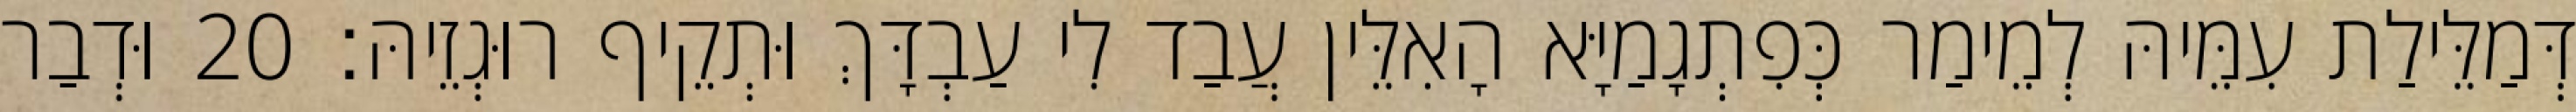
דְּמַלֵּילַת עִמֵּיהּ לְמֵימַר כְּפִתְגָמַיָּא הָאִלֵּין עֲבַד לִי עַבְדָּךְ וּתְקֵיף רוּגְזֵיהּ׃ 20 וּדְבַר